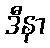
ဒီနာ